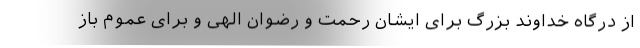
از درگاه خداوند بزرگ برای ایشان رحمت و رضوان الهی و برای عموم باز